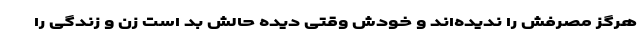
هرگز مصرفش را ندیده‌اند و خودش وقتی دیده حالش بد است زن و زندگی را